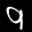
Label: 9